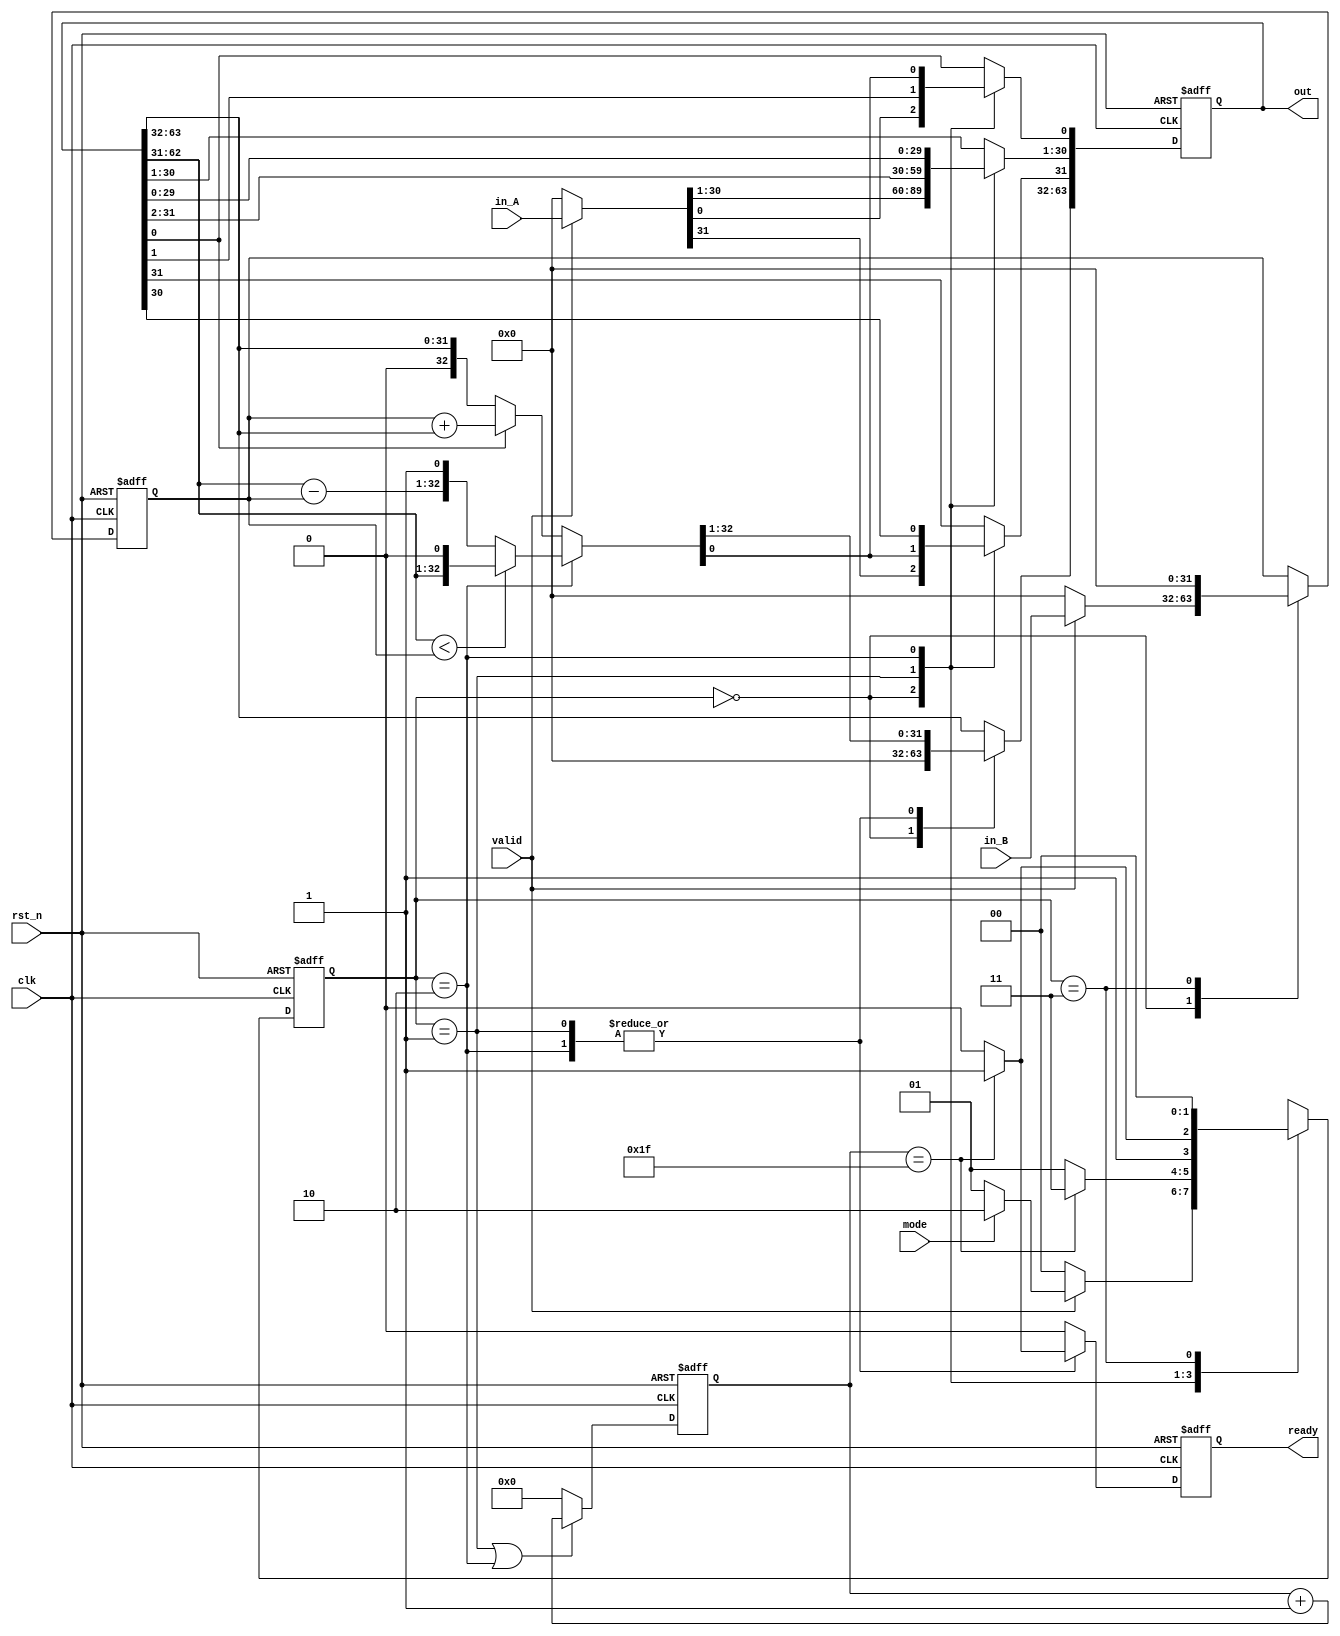
// `timescale 1 ns/10 ps
module multDiv(
    clk,
    rst_n,
    valid,
    ready,
    mode,
    in_A,
    in_B,
    out
);

    // Definition of ports
    input         clk, rst_n;
    input         valid, mode; // mode: 0: multu, 1: divu
    input  [31:0] in_A, in_B;
    output [63:0] out;
    output ready;

    // Definition of states
    parameter IDLE = 2'b00;
    parameter MULT = 2'b01;
    parameter DIV  = 2'b10;
    parameter OUT  = 2'b11;

    // Todo: Wire and reg
    reg  [ 1:0] state, state_nxt;
    reg  [ 4:0] counter, counter_nxt;
    reg  [63:0] shreg, shreg_nxt;
    reg  [31:0] alu_in, alu_in_nxt;
    reg  [32:0] alu_out;
    reg ready_c, ready_nxt;


    // Todo 5: wire assignments
    assign out = shreg;
    assign ready = ready_c;
    
    // Combinational always block
    // Todo 1: State machine
    always @(*) begin
        case(state)
            IDLE: begin
                if (valid == 0)
                    state_nxt = IDLE;
                else 
                    if (mode == 0)
                        state_nxt = MULT;
                    else
                        state_nxt = DIV;
            end
            MULT: begin 
                if (counter == 5'd31)
                    state_nxt = OUT;
                else 
                    state_nxt = MULT;
            end

            DIV : begin 
                if (counter == 5'd31)
                    state_nxt = OUT;
                else 
                    state_nxt = DIV;
            end

            OUT : state_nxt = IDLE;
        endcase
    end

    always @(*) begin
        case(state)
            MULT: begin 
                if (counter == 5'd31)
                    ready_nxt = 1;
                else 
                    ready_nxt = 0;
            end

            DIV : begin 
                if (counter == 5'd31)
                    ready_nxt = 1;
                else 
                    ready_nxt = 0;
            end

            default : ready_nxt = 0;
        endcase
    end

    // Todo 2: Counter
    always @(*) begin
        if (state == MULT || state == DIV)
            counter_nxt = counter + 1;
        else
            counter_nxt = 0;
    end
    
    // ALU input
    always @(*) begin
        case(state)
            IDLE: begin
                if (valid) alu_in_nxt = in_B;
                else       alu_in_nxt = 0;
            end
            OUT : alu_in_nxt = 0;
            default: alu_in_nxt = alu_in;
        endcase
    end

    // Todo 3: ALU output
    always @(*) begin
        case(state)
            MULT: begin
                if (shreg[0] == 1)
                    alu_out = alu_in + shreg[63:32];
                else 
                    alu_out = shreg[63:32];
            end
            DIV: begin
                if (shreg[62:31] < alu_in) // <0, do nothing
                    alu_out = {shreg[62:31], 1'b0};
                else
                    alu_out = {shreg[62:31] - alu_in, 1'b1};
            end
            default: alu_out = 33'b0;
        endcase
    end
    
    
    // Todo 4: Shift register
    always @(*) begin
        case(state)
            IDLE: begin
                if (valid) shreg_nxt = {33'b0, in_A};
                else       shreg_nxt = 0;
            end
            MULT: begin
                shreg_nxt[63:31] = alu_out;
                shreg_nxt[30:0] = shreg[31:1];
            end
            DIV: begin
                shreg_nxt[63:32] = alu_out[32:1];
                shreg_nxt[31:1] = shreg[30:0];
                shreg_nxt[0] = alu_out[0];
            end
            default: shreg_nxt = shreg;
        endcase
    end

    // Todo: Sequential always block
    always @(posedge clk or negedge rst_n) begin
        if (!rst_n) begin
            state   <= IDLE;
            counter <= 0;
            shreg   <= 0;
            alu_in  <= 0;
            ready_c <= 0;
        end
        else begin
            state   <= state_nxt;
            counter <= counter_nxt;
            shreg   <= shreg_nxt;
            alu_in  <= alu_in_nxt;
            ready_c <= ready_nxt;
        end
    end

endmodule